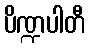
ပိဏ္ဍပါတီ